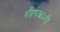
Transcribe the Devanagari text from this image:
शीर्षकाशी